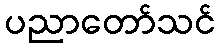
ပညာတော်သင်